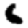
Digit: 6